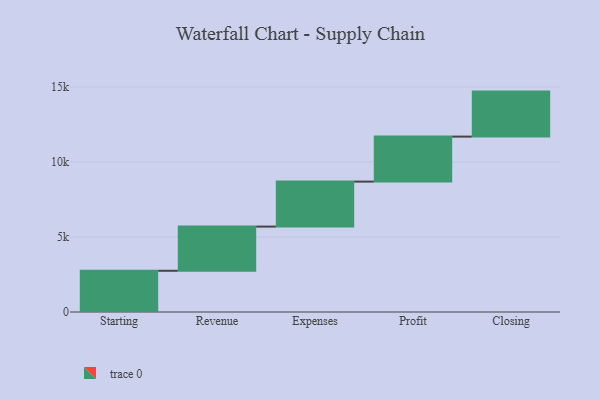
{"axis": {"x": "Step", "y": "Value"}, "legend": [""], "data": [{"x": "Starting", "y": 2749.0, "type": ""}, {"x": "Revenue", "y": 2945.0, "type": ""}, {"x": "Expenses", "y": 3000, "type": ""}, {"x": "Profit", "y": 3000, "type": ""}, {"x": "Closing", "y": 3000, "type": ""}]}